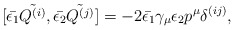
\begin{align*}[\bar{\epsilon_1} \tilde{Q^{(i)}}, \bar{\epsilon_2} \tilde{Q^{(j)}}]= -2 \bar{\epsilon_1} \gamma_{\mu} \epsilon_2 p^{\mu} \delta^{(ij)},\end{align*}